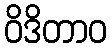
ဝိဒိတာဝ